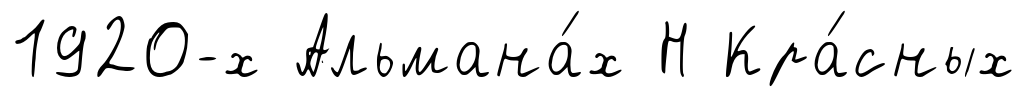
1920-х Альмана́х Н Кра́сных